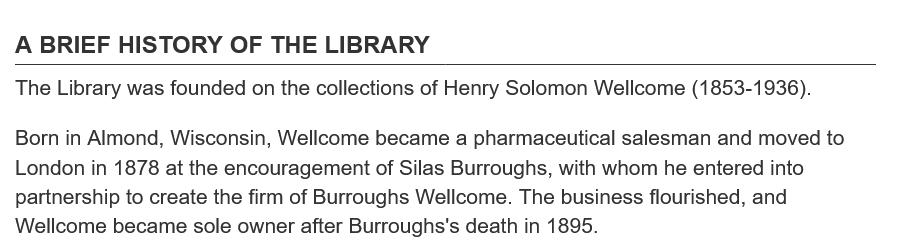
A BRIEF   HISTORY   OF THE   LIBRARY
  The Library was founded on the collections of Henry Solomon Wellcome (1853-1936).
  Born in Almond, Wisconsin, Wellcome became a pharmaceutical salesman and moved to
  London in 1878 at the encouragement of Silas Burroughs, with whom he entered into
  partnership to create the firm of Burroughs Wellcome. The business flourished, and
  Wellcome became sole owner after Burroughs's death in 1895.